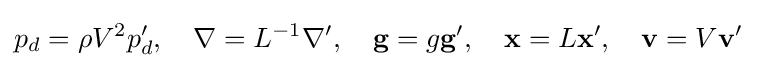
p_{d}=\rho V^{2}p_{d}',\quad \nabla =L^{-1}\nabla ',\quad {\bf {g}}=g{\bf {g}}',\quad {\bf {x}}=L{\bf {x}}',\quad {\bf {v}}=V{\bf {v}}'